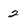
Character: 2